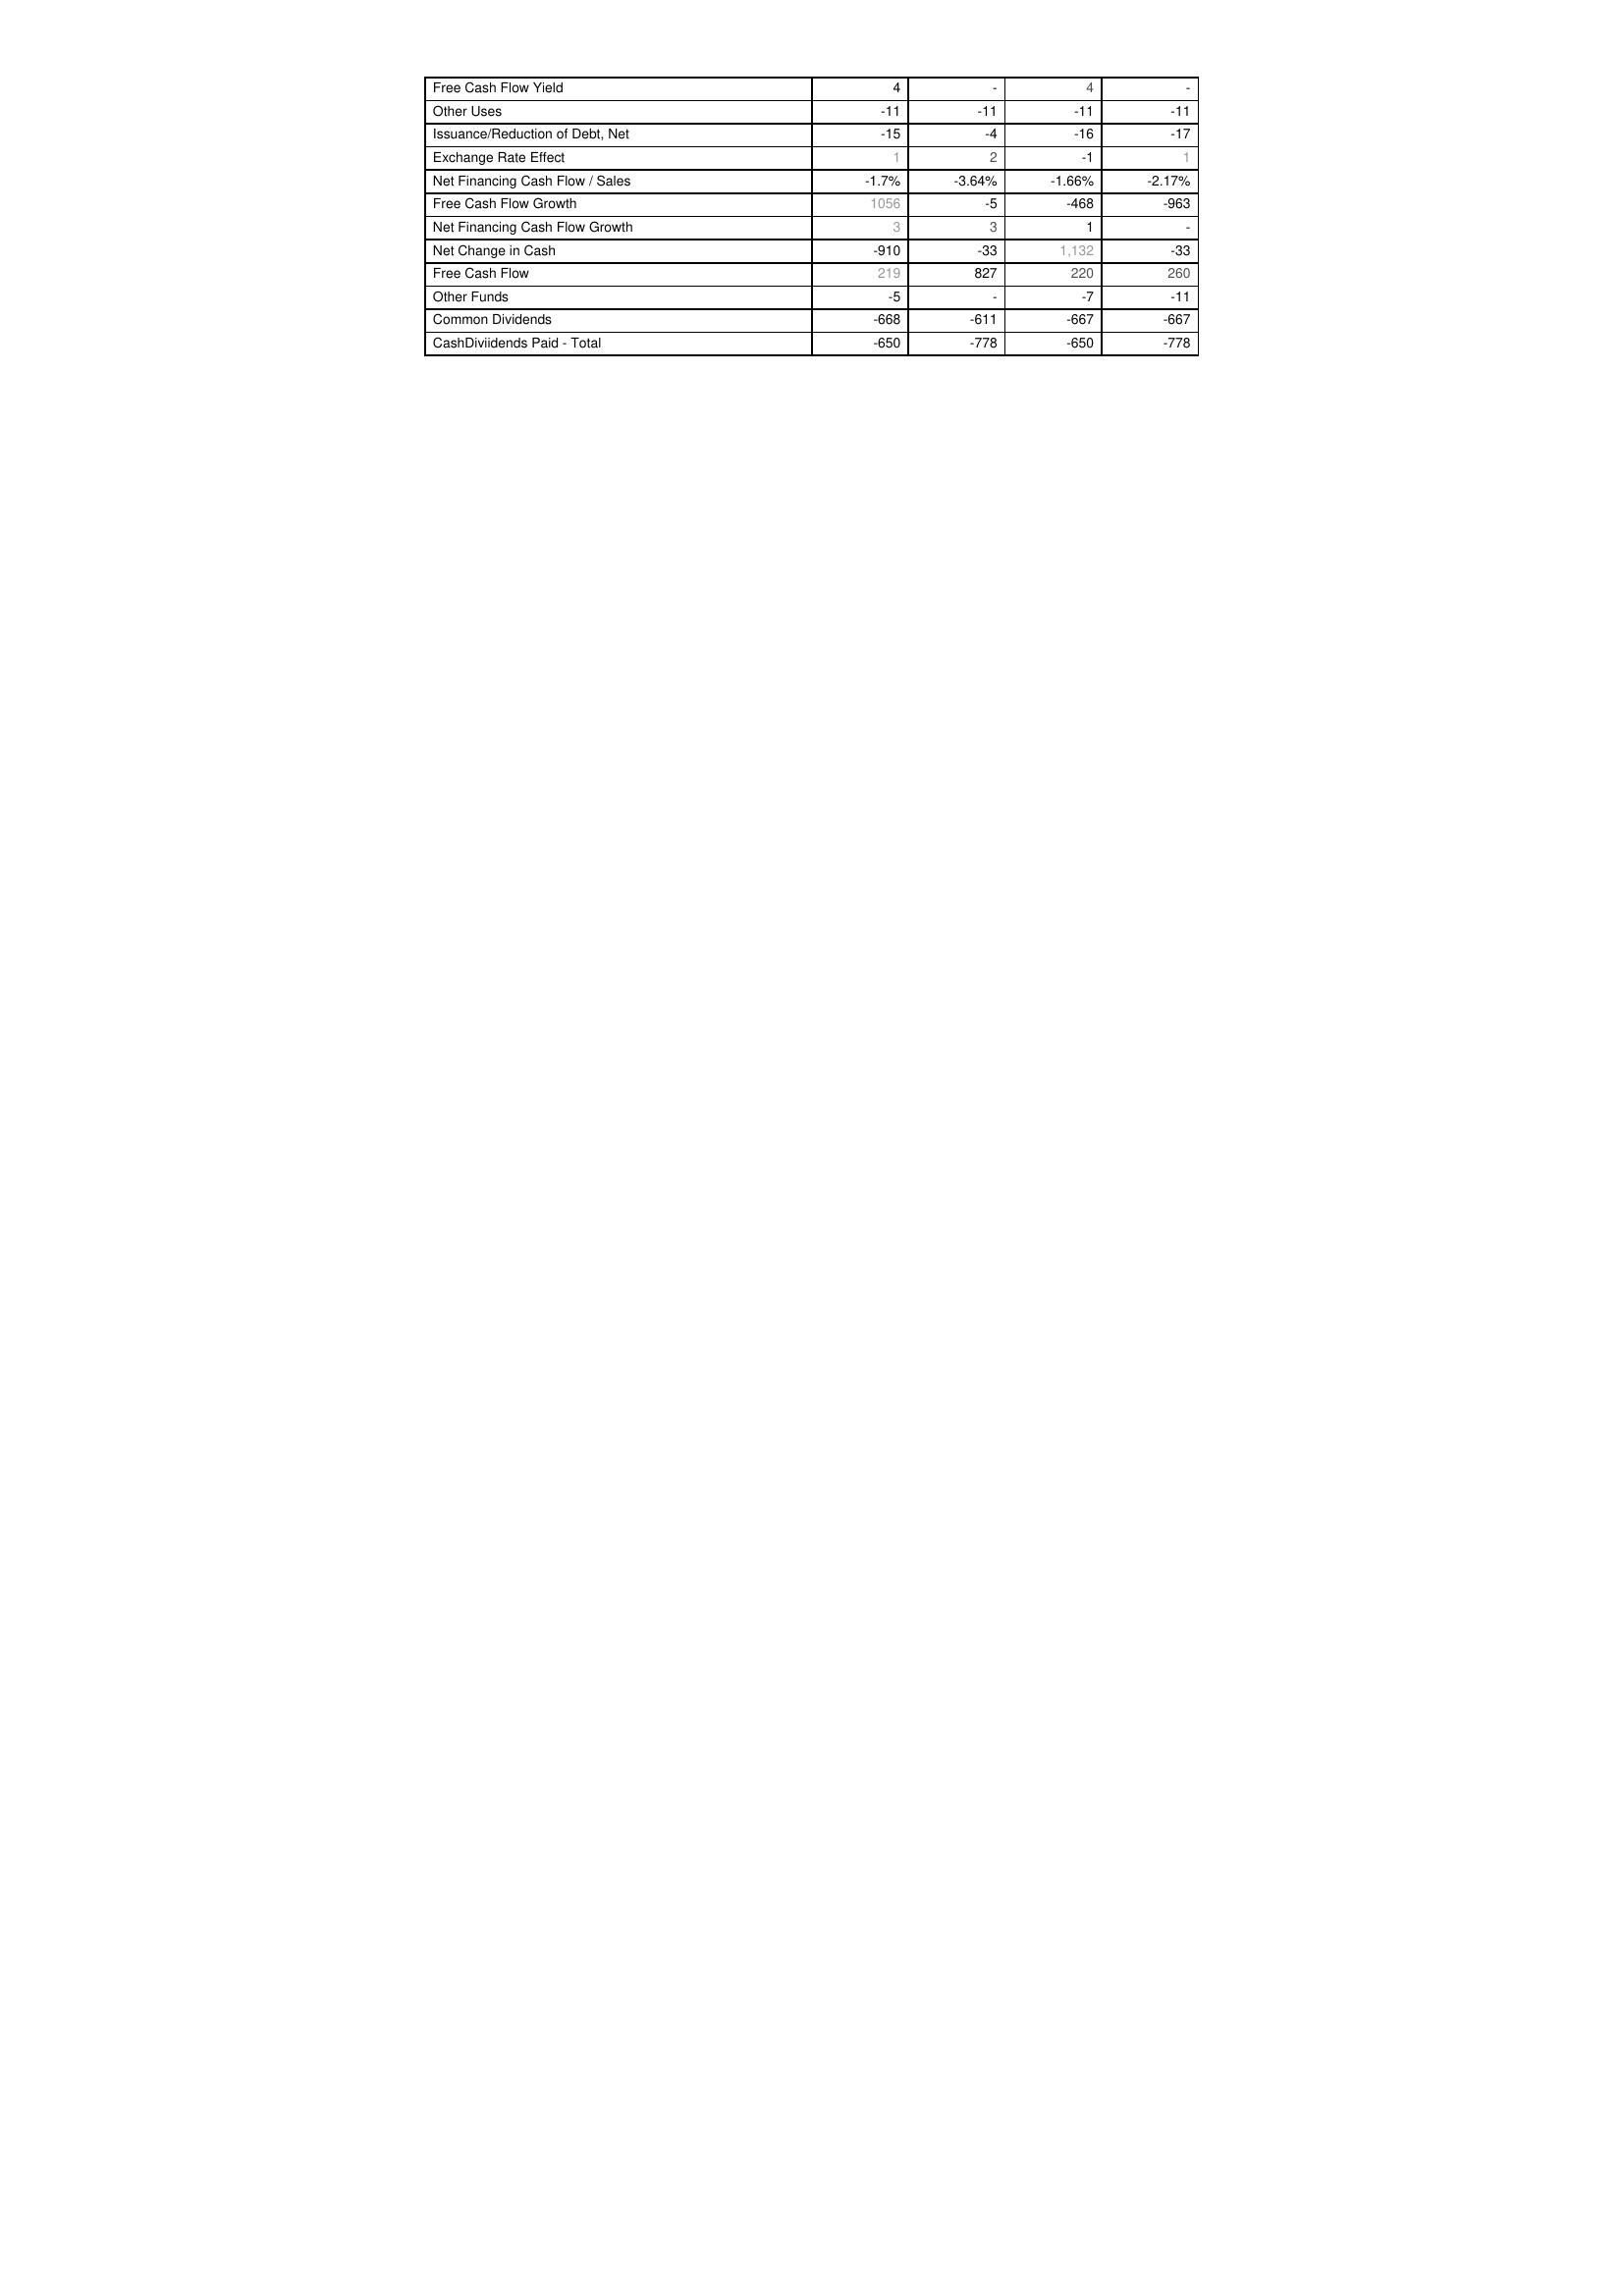
2017: Financing Activities: Free Cash Flow Yield: 4
Other Uses: -11
Issuance/Reduction of Debt, Net: -15
Exchange Rate Effect: 1
Net Financing Cash Flow / Sales: -1.7%
Free Cash Flow Growth: 1056
Net Financing Cash Flow Growth: 3
Net Change in Cash: -910
Free Cash Flow: 219
Other Funds: -5
Common Dividends: -668
CashDiviidends Paid - Total: -650
2016: Financing Activities: Free Cash Flow Yield: -
Other Uses: -11
Issuance/Reduction of Debt, Net: -4
Exchange Rate Effect: 2
Net Financing Cash Flow / Sales: -3.64%
Free Cash Flow Growth: -5
Net Financing Cash Flow Growth: 3
Net Change in Cash: -33
Free Cash Flow: 827
Other Funds: -
Common Dividends: -611
CashDiviidends Paid - Total: -778
2015: Financing Activities: Free Cash Flow Yield: 4
Other Uses: -11
Issuance/Reduction of Debt, Net: -16
Exchange Rate Effect: -1
Net Financing Cash Flow / Sales: -1.66%
Free Cash Flow Growth: -468
Net Financing Cash Flow Growth: 1
Net Change in Cash: 1,132
Free Cash Flow: 220
Other Funds: -7
Common Dividends: -667
CashDiviidends Paid - Total: -650
2014: Financing Activities: Free Cash Flow Yield: -
Other Uses: -11
Issuance/Reduction of Debt, Net: -17
Exchange Rate Effect: 1
Net Financing Cash Flow / Sales: -2.17%
Free Cash Flow Growth: -963
Net Financing Cash Flow Growth: -
Net Change in Cash: -33
Free Cash Flow: 260
Other Funds: -11
Common Dividends: -667
CashDiviidends Paid - Total: -778